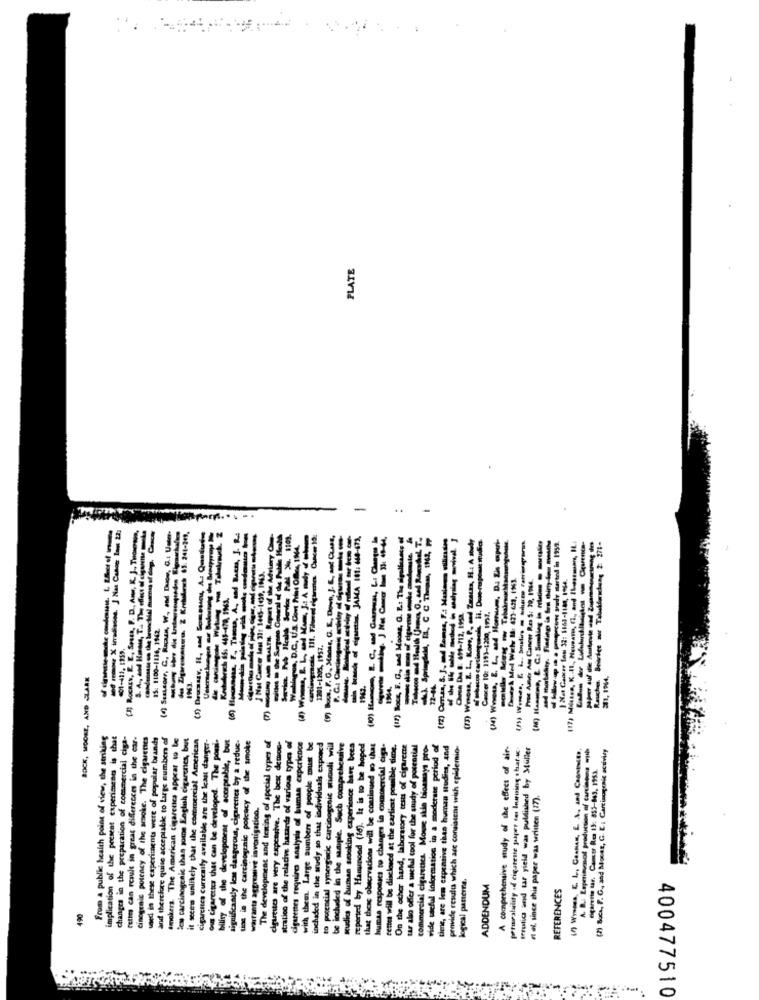
PLATE
-
...
[1] ROCKEY, E. E, SPELa, F. D ., AMe, R. J ., Thoserom,
( Suascorr, C, Rican, W ., and Duoe. G .: Unter.
-
(9) Bows, F. G. Manse, G. E. Dowh, J. K ., and CLlas,
---------
-- of duets JAMA 181: 648-673.
(17) Bocs, F. G ., and Moons, G. E .: The sigolieants of
hi Springdel, IL, C C Themm, 1164, PP
(73) Winoss, E. L ., Kone, P. and Zuauta, H .: A study
--- - - -- con ser started in 1952.
Wahlagus, D.C ., U.S. Gov Prins Omes, 1944.
14
(17) Mitass, K .. Il ., Houname, CI ., and thesmann, IL.
J Nat Cancer last 31: 1645-1439, 1963.
Diesey & Med Wels I4: 421-628. 1963.
Pros Amer Ate Cancer Res 5: 20, 1964.
Chrse Das B. 691-712, 1953.
15: 1100-1816, 1942.
Cancer 10: 1193-1200, 1957.
1201-1205, 1957.
BOCK, MOORE, AND CLARK
31. 1964.
1962.
72-44
From a public health point of view, the striking
implication of the present experiment is chat
changes in the preparation of commercial ciga-
Petits can result in great differences in the car-
cinogenic potency of the smoke. The cigarenes
ved in these experimenta were of popular brands
and therefore quise acceptable to Large numbers of
smokers. The American cigarettes appear to be
les carcinogenic than some English cigarenes, but
it seces unlikely that the commercial American
bility of the development of acceptable, but
significantly less dangerous, cigarettes by a reduc.
tios in the carcinogenic potency of the smoke
The development and tening of special types of
Ous Cigarettes that can be developed. The poul
cigarettes are very expensive. The best dethoe-
stration of the relative hazards of various types of
cigarettes require analysis of human experience
with them. Large sumbers of people must be
inchaded in the andy so that individuals exposed
to potential synergistic carcinogenic stimoli will
be included in the sample. Such comprehensive
have been
reported by Hamumpond (16). It is to be hoped
that these observations will be continued to chat
humas responses to changes in commercial ciga
cettei will be disclosed at the earliest posible tiene.
On the other hand, laboratory tests of cigarette
commercial cigarettes. More skin boamays pro-
vide sacful information in a moderate period of
tiene, are lem expensive than human sudits, and
and
provide results which are consistent wish epidemio-
A comprehensive study of the effect of air
preiseability id cigarette paper ces Inning staf 4
serutica and tar yield was published by Muller
(7) Bocs, F. G. and Mooer, G. E .: Carcinogenic activity
tar also offer a useful tool for the study of potet
Cancer Res 13: 855-845. 1953.
et al. since this paper was written (17).
cigarettes currently available are
warrants aggresive investigation.
A. D. Leprimenot production of
sudios of human sooo
logical parterne.
ADDENDUM
REFERENCES
490
stratie
400477510